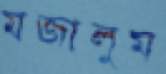
মজালুম